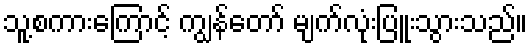
သူ့စကားကြောင့် ကျွန်တော် မျက်လုံးပြူးသွားသည်။